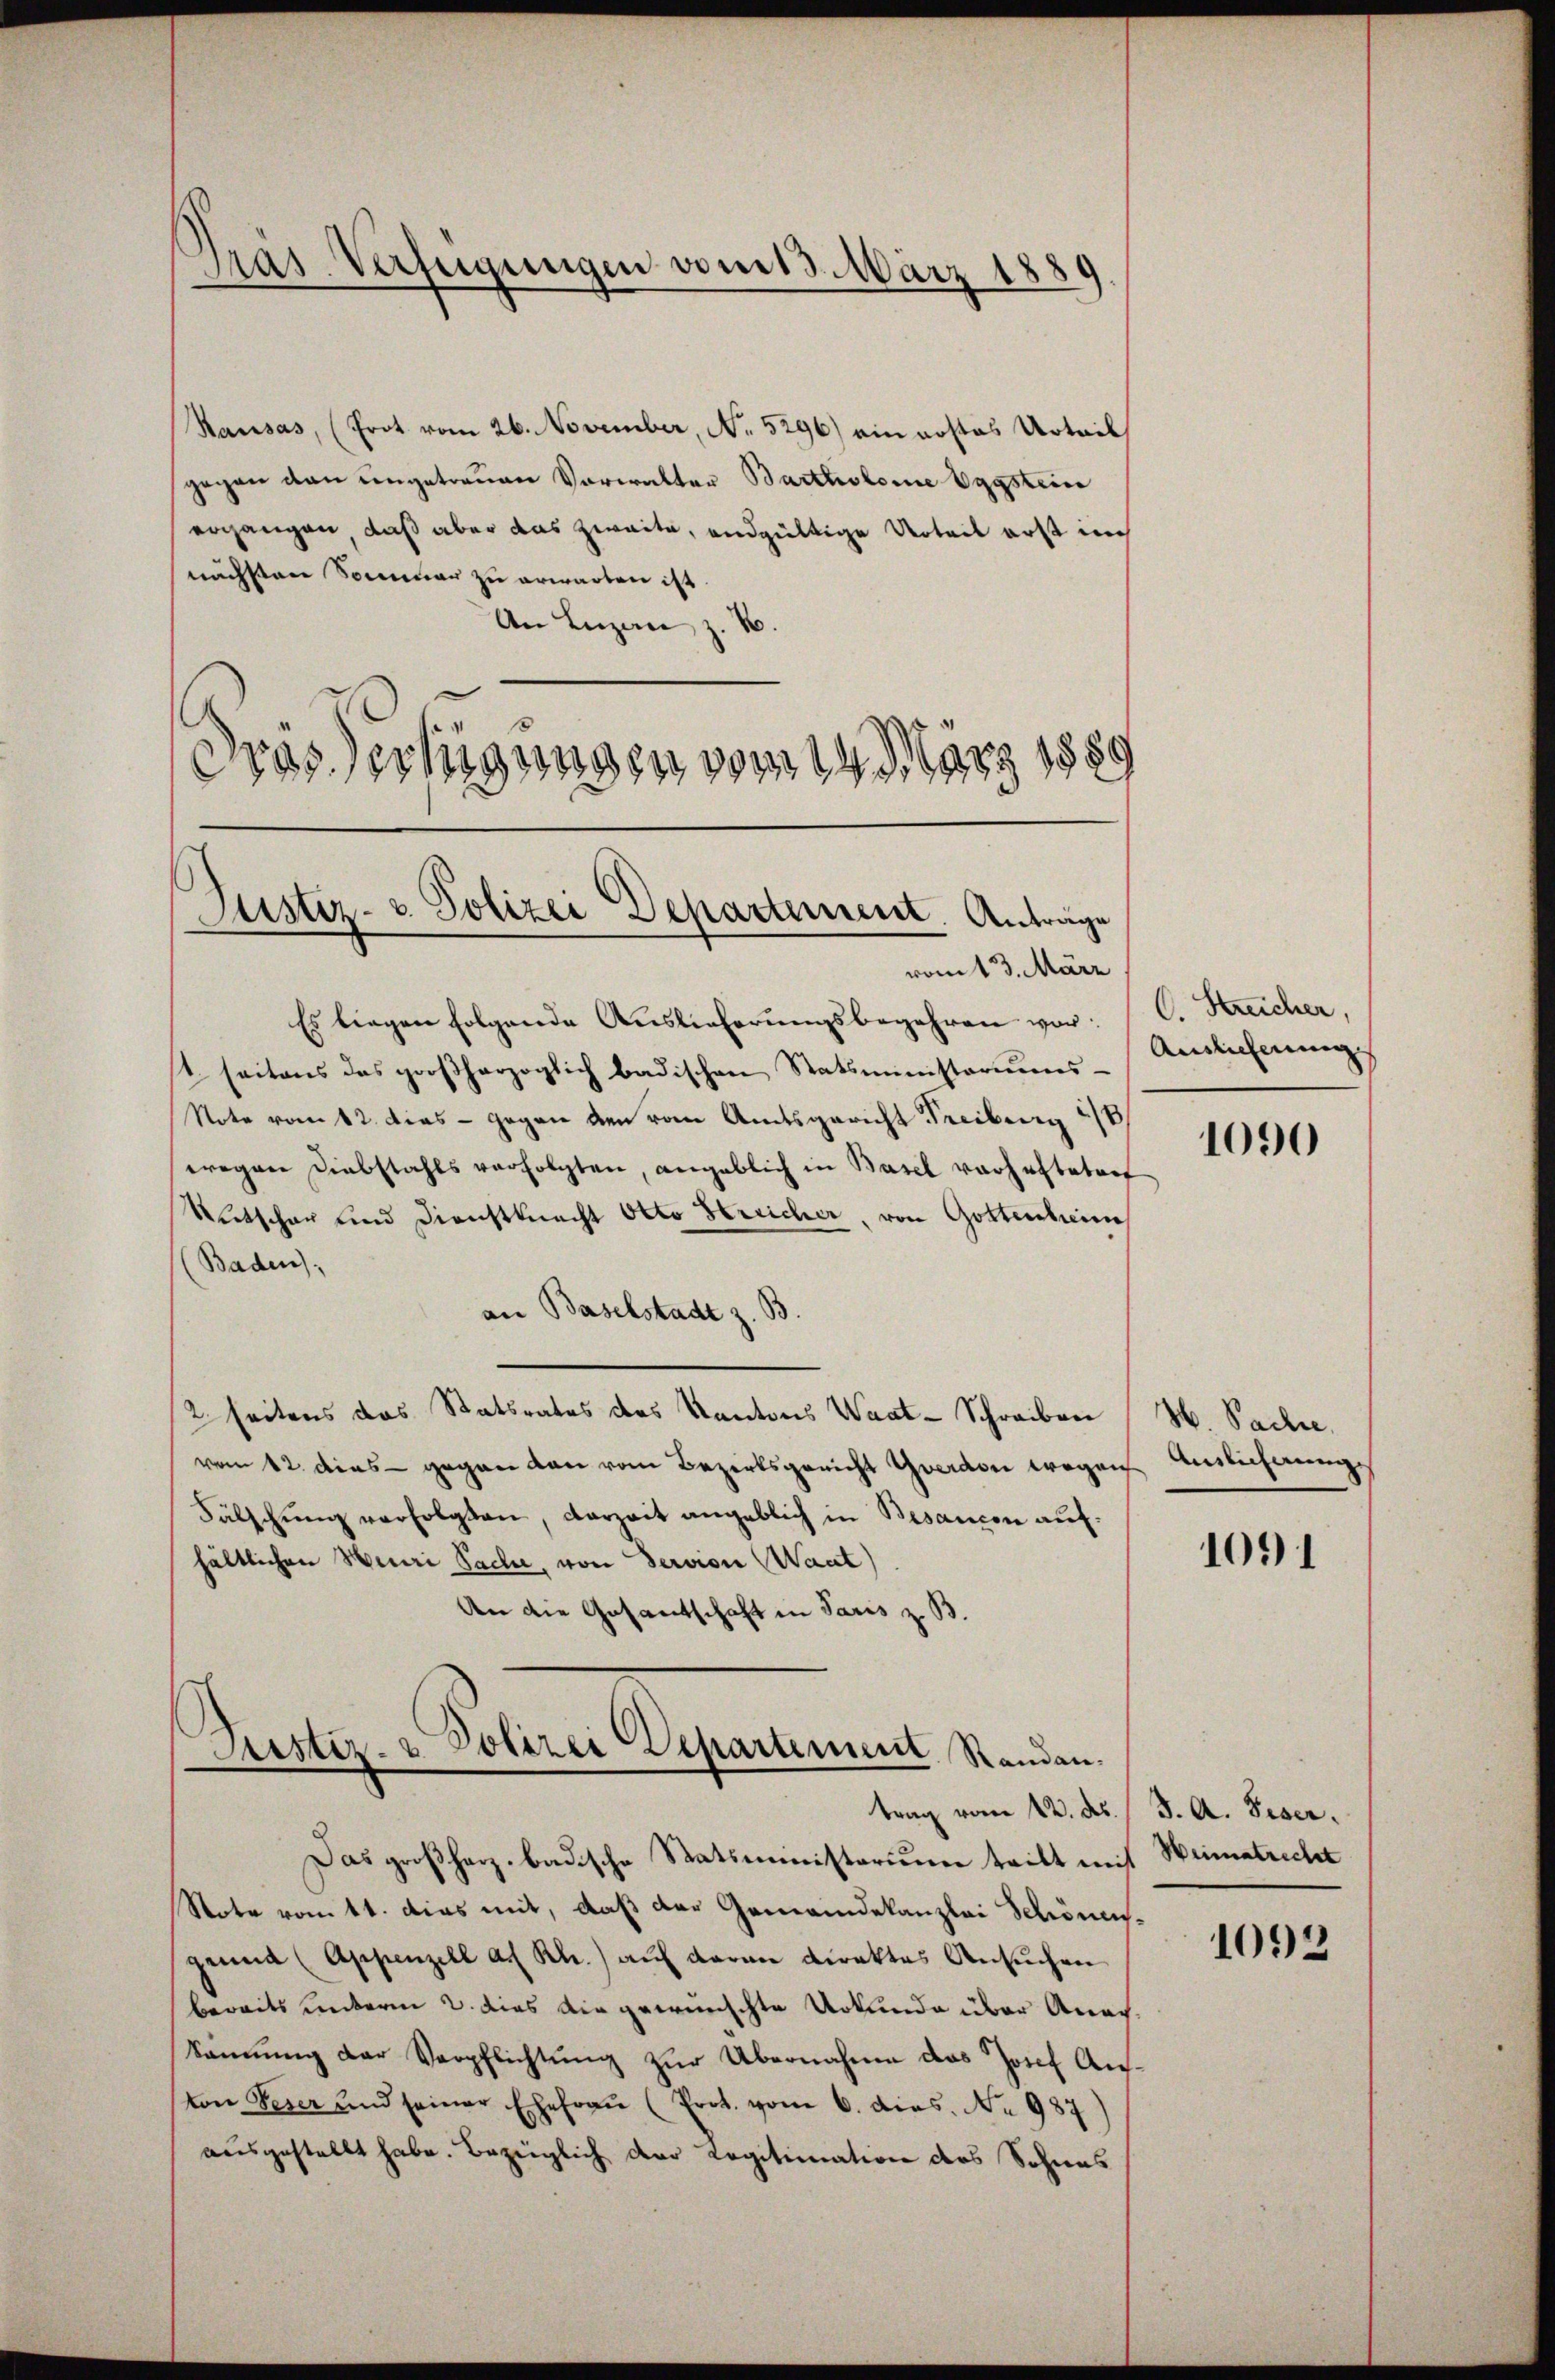
Hausas, (Prot vom 26. November, No. 5296) ein Kostes Urteil
gegen den angetrauen Vorwalter Bartholome Eggsteine
ergangen, daß aber das zweite, endgültige Urteil erst auch
nächsten Sommer zu erwarten ist
An Luzan, z. B.
s
rassertigungen vom 14. März 1880

Pras Verfügungen vom 13. März 1889

Justiz- u. Polizei Departement. Anträge

vom 13. März
Es liegen folgende Auslieferungsbegehren vor: C. Kreicher,
1 seitens das großherzoglich badischen Statsministeriums-
Note vom 12. dies - gegen den vom Amtsgericht Freiberg 28
wegen Diebstahls verfolgten, angeblich in Basel vorheftetent
Retscher und Dienstknecht Otto Hereicher, von Gottenheim
Baden),
an Baselstadt z. B.
2 seitens das Statsrates des Kantons Wart-Schreiben (S. Sache.
vom 12. dies - gegen den vom Bezirksgericht Yverdon wegen Auslichung
Fälschung verfolgten, darzeit angeblich in Besancen aufhältlichen Heuri Sache, von Servion (Waat)
An die Gesantschaft in Paris z. B.

Jester- & Polizei Departement Randen.
trag vom 12. ds.
Das großherz badische Statsministorium teilt mit Weimatricht

Note vom 11. das mit, daß der Gemeindekanzlei Schönengenua (Appenzell a. Rh.) auf daran direktes Ansuchen
bereits unterm 2. dies die gewünschte Urkunde über Ana¬
Sännung der Verpflichtung zur Übernahme das Josef Ausvon Seser und seiner Ehefraŭ (Prot. vom 6. dies. No 987)
ausgestellt habe. Bezeiglich der Legitimation des Sohnes

Auslieferung

1090

1091

J. A. Biser.

1093